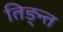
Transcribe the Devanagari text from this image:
तिङ्न्त